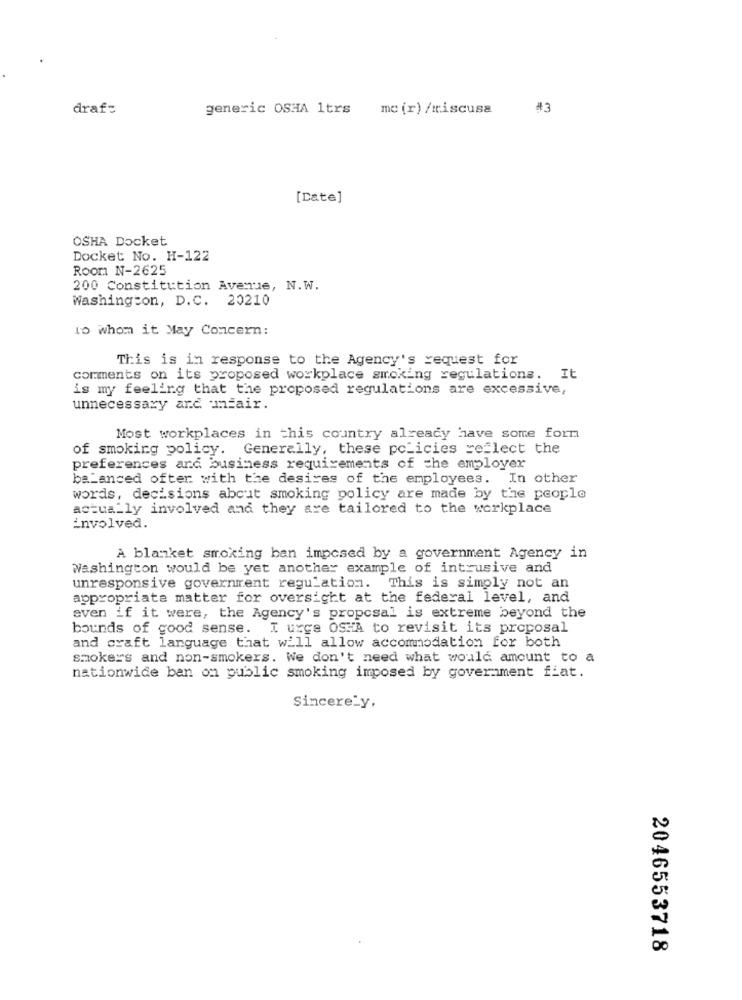
draf=
generic OSHA 1trs me (r) /miscusa
#3
[Date]
OSHA Docket
Docket No. H-122
Room N-2625
200 Constitution Avenue, N.W.
Washington, D.C. 20210
to whom it May Concern:
This is in response to the Agency's request for
comments on its proposed workplace smoking regulations. It
is my feeling that the proposed regulations are excessive,
unnecessary and mmfair.
Most workplaces in this country already have some form
of smoking policy. Generally, these policies reflect the
preferences and business requirements of the employer
balanced ofter with the desires of the employees. In other
words, decisions about smoking policy are made by the people
actually involved and they are tailored to the workplace
involved.
A blanket smoking ban imposed by a government Agency in
Washington would be yet another example of intrusive and
unresponsive government regulation. This is simply not an
appropriate matter for oversight at the federal level, and
even if it were, the Agency's proposal is extreme beyond the
bounds of good sense. I urge OSHA to revisit its proposal
and craft language that will allow accommodation for both
smokers and non-smokers. We don't need what would amount to a
nationwide ban on public smoking imposed by government fiat.
Sincerely.
2046553718